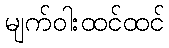
မျက်ဝါးထင်ထင်